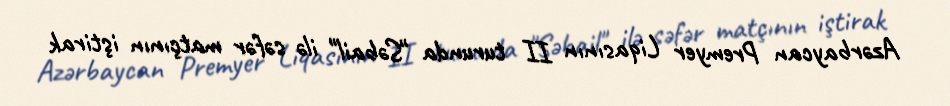
Azərbaycan Premyer Liqasının II turunda "Səbail" ilə səfər matçının iştirak